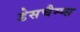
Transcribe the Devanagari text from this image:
डेसचैम्प्स